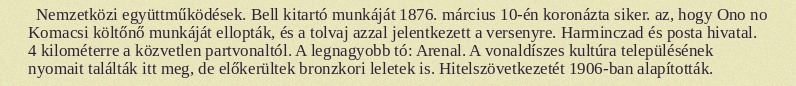
Nemzetközi együttműködések. Bell kitartó munkáját 1876. március 10-én koronázta siker. az, hogy Ono no Komacsi költőnő munkáját ellopták, és a tolvaj azzal jelentkezett a versenyre. Harminczad és posta hivatal. 4 kilométerre a közvetlen partvonaltól. A legnagyobb tó: Arenal. A vonaldíszes kultúra településének nyomait találták itt meg, de előkerültek bronzkori leletek is. Hitelszövetkezetét 1906-ban alapították.